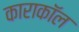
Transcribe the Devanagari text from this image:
काराकॉल